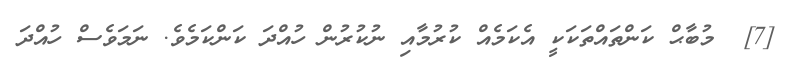
[7]  މުބާޙް ކަންތައްތަކަކީ އެކަމެއް ކުރުމާއި ނުކުރުން ހުއްދަ ކަންކަމެވެ. ނަމަވެސް ހުއްދަ